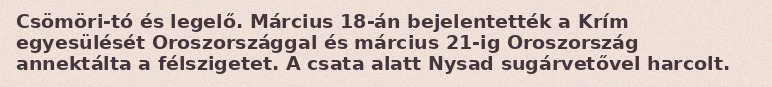
Csömöri-tó és legelő. Március 18-án bejelentették a Krím egyesülését Oroszországgal és március 21-ig Oroszország annektálta a félszigetet. A csata alatt Nysad sugárvetővel harcolt.